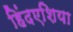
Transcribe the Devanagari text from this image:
हिंदएशिया